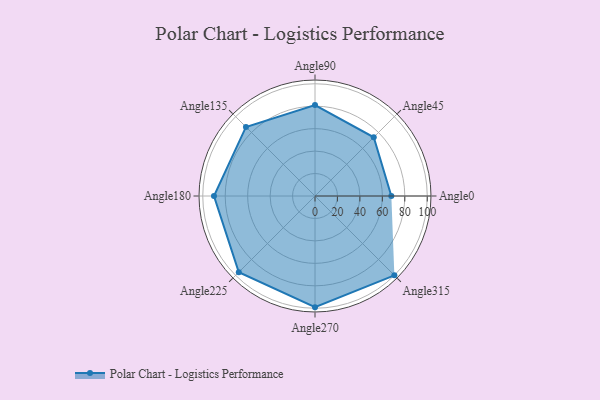
{"axis": {"x": "Angle", "y": "Radius"}, "legend": [""], "data": [{"x": "Angle0", "y": 68.0, "type": ""}, {"x": "Angle45", "y": 74.0, "type": ""}, {"x": "Angle90", "y": 81.0, "type": ""}, {"x": "Angle135", "y": 87.0, "type": ""}, {"x": "Angle180", "y": 90.0, "type": ""}, {"x": "Angle225", "y": 96.0, "type": ""}, {"x": "Angle270", "y": 99.0, "type": ""}, {"x": "Angle315", "y": 100.0, "type": ""}]}